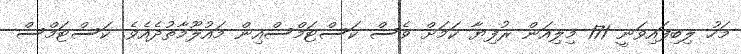
މަހު ލިބިފައިވަނީ 171 މިލިއަން ރުފިޔާ ކަމަށް ވެސް ކަސްޓަމްސްއިން މައުލޫމާތުދެއެވެ. ކަސްޓަމްސް